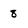
Character: 8